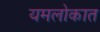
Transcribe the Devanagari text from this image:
यमलोकात